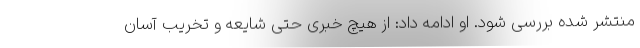
منتشر شده بررسی شود. او ادامه داد: از هیچ خبری حتی شایعه و تخریب آسان